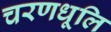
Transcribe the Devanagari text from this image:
चरणधूलि